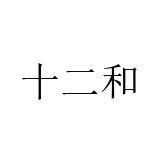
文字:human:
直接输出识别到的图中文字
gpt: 十二和